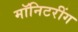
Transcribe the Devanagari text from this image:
मॉनिटरींग